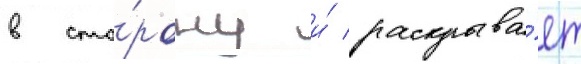
в сто́рону и́ раскрыва́ет